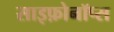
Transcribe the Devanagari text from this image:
साइफ़ोनॉप्स